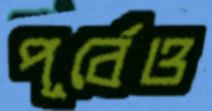
পূর্বেও